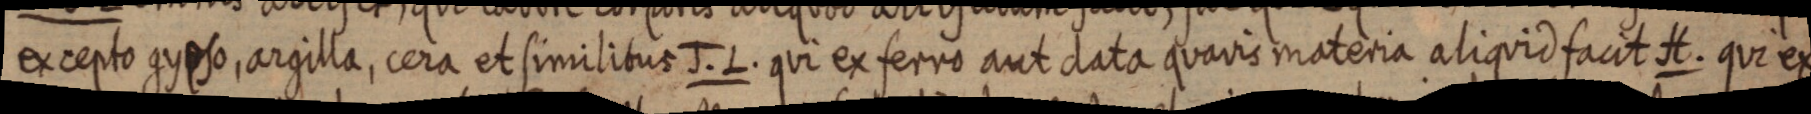
excepto gypso, argilla, cera et similibus J. L. qui ex ferro aut data quavis materia aliquid facit H. qui ex